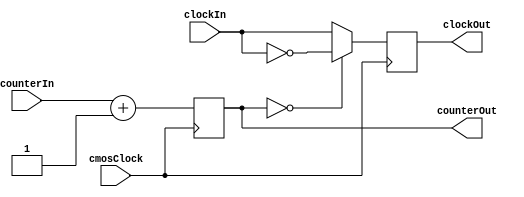
`timescale 1ns / 1ps
////////////////////////////////////////////////////////////////////////////////
// Module Name: Seven Segment Clock Divider
//
// Description: Takes the input 100MHz clock oscillator signal and divides it to
//              an acceptable value.
////////////////////////////////////////////////////////////////////////////////


module SevenSegClockDivider (
    // Inputs
    input cmosClock,                // Clock input from FPGA pin H4
    input clockIn,                  // Clock input feedback
    input [17:0] counterIn,         // 18 Bit Counter increment
    // Outputs
    output reg clockOut,            // Clock output to circuit
    output reg [17:0] counterOut    // Counter increment output
    );

    // Base counter input
    initial begin
        counterOut = 0;
    end

    // Counter creation for clock division
    always @(posedge cmosClock) begin
        // Iterate counter value
        counterOut <= counterIn + 1;

        // Apply clock flip
        if (counterOut == 0) begin
            clockOut <= ~clockIn;
        end else begin
            clockOut <= clockIn;
        end
        // Counter overflow check guarantees 2^N clock cycles before swap
    end
endmodule